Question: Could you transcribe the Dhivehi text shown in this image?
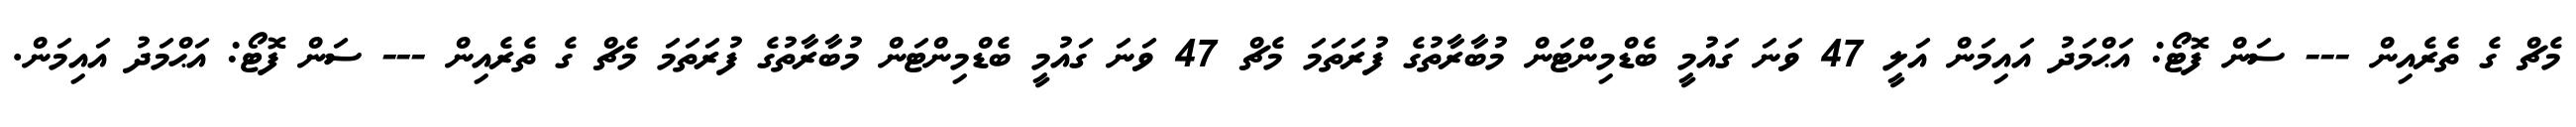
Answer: މެޗް ގެ ތެރެއިން --- ސަން ފޮޓޯ: އަޙްމަދު އައިމަން އަލީ 47 ވަނަ ގައުމީ ބެޑްމިންޓަން މުބާރާތުގެ ފުރަތަމަ މެޗް 47 ވަނަ ގައުމީ ބެޑްމިންޓަން މުބާރާތުގެ ފުރަތަމަ މެޗް ގެ ތެރެއިން --- ސަން ފޮޓޯ: އަޙްމަދު އައިމަން.